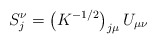
\begin{align*}S_j^\nu = \left( K^{-1/2}\right)_{j\mu} U_{\mu\nu}\end{align*}